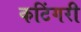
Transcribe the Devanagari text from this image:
कटिंगरी